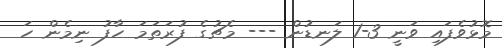
މޮޅުވެފައި ވަނީ 3-1 ލަނޑުން --- މެޗުގެ ފުރަތަމަ ހާފު ނިމެން ހަ